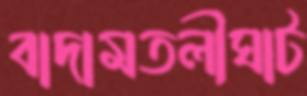
বাদামতলীঘাট